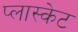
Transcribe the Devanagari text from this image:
प्लास्केट